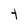
Character: t